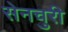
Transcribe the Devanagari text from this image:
सेनचुरी